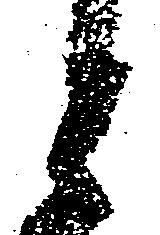
と